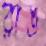
রাঙ